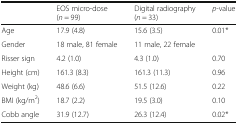
|  | EOS micro-dose (n = 99) | Digital radiography (n = 33) | p-value |
 | --- | --- | --- | --- |
 | Age | 17.9 (4.8) | 15.6 (3.5) | 0.01* |
 | Gender | 18 male, 81 female | 11 male, 22 female |  |
 | Risser sign | 4.2 (1.0) | 4.3 (1.0) | 0.70 |
 | Height (cm) | 161.3 (8.3) | 161.3 (11.3) | 0.96 |
 | Weight (kg) | 48.6 (6.6) | 51.5 (12.6) | 0.22 |
 | BMI (kg/m2) | 18.7 (2.2) | 19.5 (3.0) | 0.10 |
 | Cobb angle | 31.9 (12.7) | 26.3 (12.4) | 0.02* |